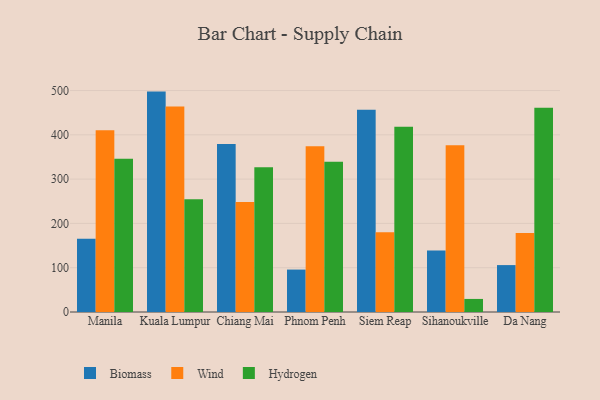
{"axis": {"x": "City", "y": "Customer Acquisition Cost (USD)"}, "legend": ["Biomass", "Hydrogen", "Wind"], "data": [{"x": "Manila", "y": 165.1, "type": "Biomass"}, {"x": "Manila", "y": 410.6, "type": "Wind"}, {"x": "Manila", "y": 346.1, "type": "Hydrogen"}, {"x": "Kuala Lumpur", "y": 497.6, "type": "Biomass"}, {"x": "Kuala Lumpur", "y": 463.8, "type": "Wind"}, {"x": "Kuala Lumpur", "y": 254.5, "type": "Hydrogen"}, {"x": "Chiang Mai", "y": 379.2, "type": "Biomass"}, {"x": "Chiang Mai", "y": 248.2, "type": "Wind"}, {"x": "Chiang Mai", "y": 326.8, "type": "Hydrogen"}, {"x": "Phnom Penh", "y": 95.8, "type": "Biomass"}, {"x": "Phnom Penh", "y": 374.1, "type": "Wind"}, {"x": "Phnom Penh", "y": 339.4, "type": "Hydrogen"}, {"x": "Siem Reap", "y": 456.5, "type": "Biomass"}, {"x": "Siem Reap", "y": 180.1, "type": "Wind"}, {"x": "Siem Reap", "y": 418.4, "type": "Hydrogen"}, {"x": "Sihanoukville", "y": 138.8, "type": "Biomass"}, {"x": "Sihanoukville", "y": 376.7, "type": "Wind"}, {"x": "Sihanoukville", "y": 29.5, "type": "Hydrogen"}, {"x": "Da Nang", "y": 105.9, "type": "Biomass"}, {"x": "Da Nang", "y": 178.2, "type": "Wind"}, {"x": "Da Nang", "y": 460.9, "type": "Hydrogen"}]}